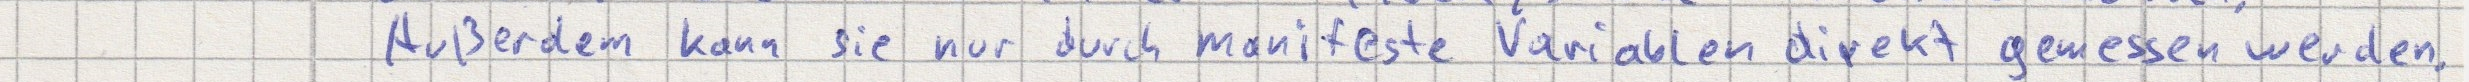
Außerdem kann sie nur durch manifeste Variablen direkt gemessen werden.